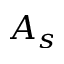
A _ { s }